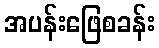
အပန်းဖြေစခန်း